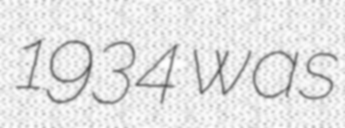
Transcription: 1934 was